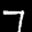
Label: 7